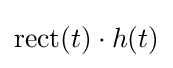
\mathrm {rect} (t)\cdot h(t)